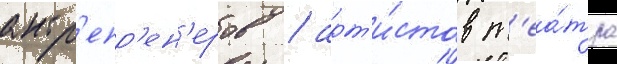
антр'епр'ен'еров / арт'и́стов т'еа́тра